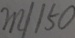
m / 1 5 0